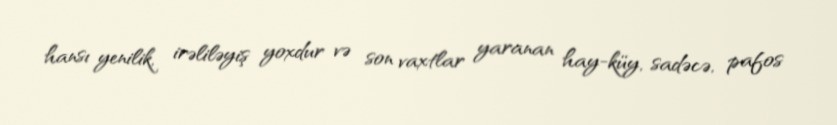
hansı yenilik, irəliləyiş yoxdur və son vaxtlar yaranan hay-küy, sadəcə, pafos